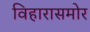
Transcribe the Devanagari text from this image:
विहारासमोर